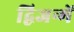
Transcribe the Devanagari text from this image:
द्विजन्में